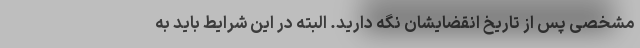
مشخصی پس از تاریخ انقضایشان نگه دارید. البته در این شرایط باید به